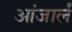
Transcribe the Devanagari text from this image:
आंजार्लं